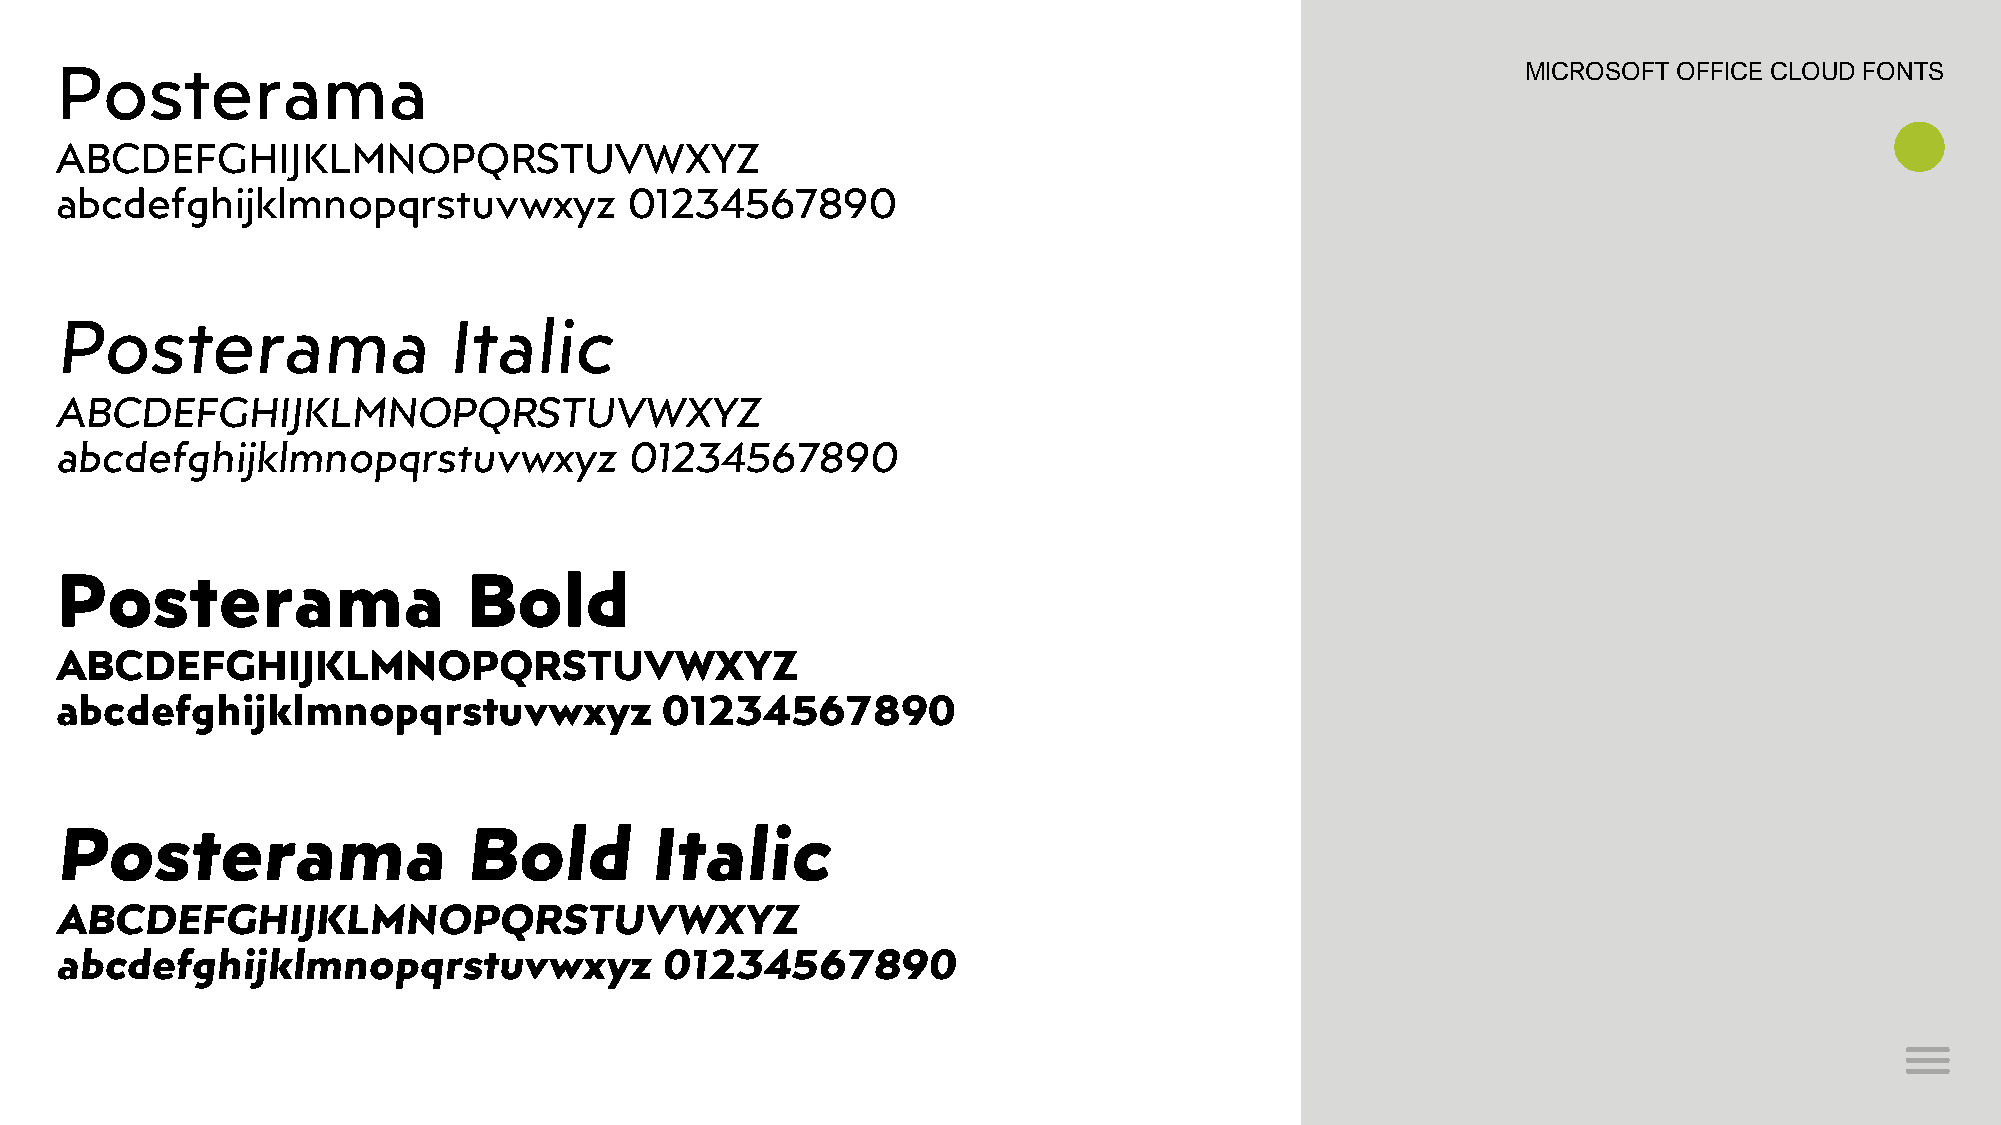
Posterama                                                                                        MICROSOFT OFFICE CLOUD FONTS
 ABCDEFGHIJKLMNOPQRSTUVWXYZ
 abcdefghijklmnopqrstuvwxyz            01234567890
 Posterama                 Italic
 ABCDEFGHIJKLMNOPQRSTUVWXYZ
 abcdefghijklmnopqrstuvwxyz            01234567890
 Posterama                  Bold
 ABCDEFGHIJKLMNOPQRSTUVWXYZ
 abcdefghijklmnopqrstuvwxyz              01234567890
 Posterama                  Bold        Italic
 ABCDEFGHIJKLMNOPQRSTUVWXYZ
 abcdefghijklmnopqrstuvwxyz              01234567890